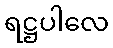
ရဋ္ဌပါလေ